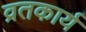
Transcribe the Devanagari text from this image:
व्रतकार्य